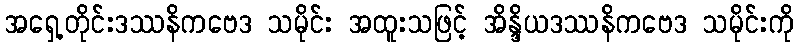
အရှေ့တိုင်းဒဿနိကဗေဒ သမိုင်း အထူးသဖြင့် အိန္ဒိယဒဿနိကဗေဒ သမိုင်းကို